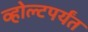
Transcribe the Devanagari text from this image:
व्होल्टपर्यंत